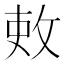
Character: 𫾫